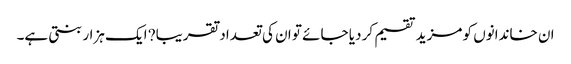
ان خاندانوں کو مزید تقسیم کر دیا جائے تو ان کی تعداد تقریبا? ایک ہزار بنتی ہے۔